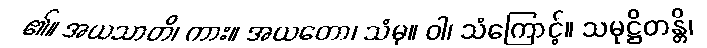
၏။ အယသာတိ၊ ကား။ အယတော၊ သံမှ။ ဝါ၊ သံကြောင့်။ သမုဋ္ဌိတန္တိ၊